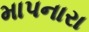
માપનારા